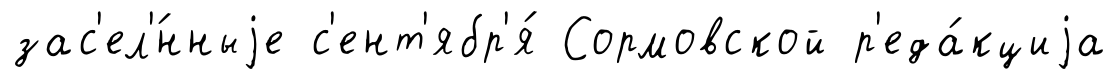
зас'ел'́нныjе с'ент'ябр'я́ Сормовской р'еда́кциjа